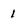
Character: 1